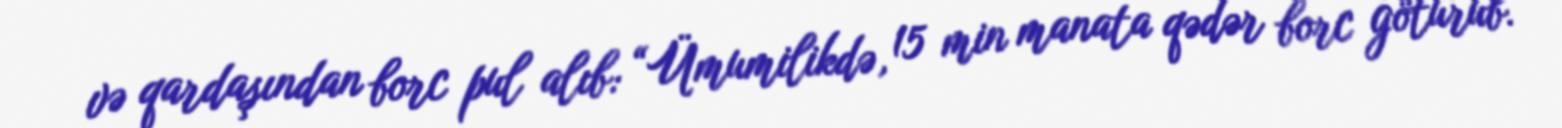
və qardaşından borc pul alıb: “Ümumilikdə, 15 min manata qədər borc götürüb.